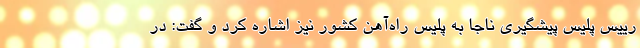
رییس پلیس پیشگیری ناجا به پلیس راه‌آهن کشور نیز اشاره کرد و گفت: در